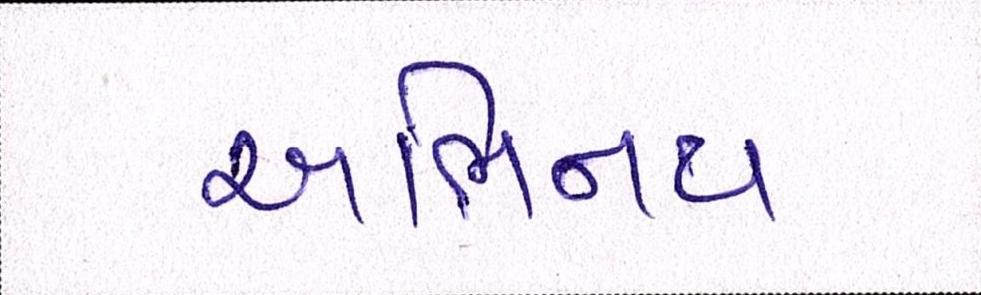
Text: અભિનય